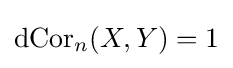
\operatorname {dCor} _{n}(X,Y)=1